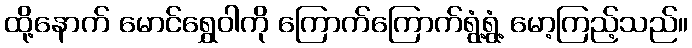
ထို့နောက် မောင်ရွှေဝါကို ကြောက်ကြောက်ရွံ့ရွံ့ မော့ကြည့်သည်။